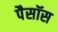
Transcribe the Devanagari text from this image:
पैसॉस